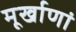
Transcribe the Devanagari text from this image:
मूर्खाणां